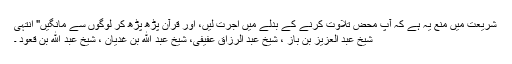
شریعت میں منع یہ ہے کہ آپ محض تلاوت کرنے کے بدلے میں اجرت لیں، اور قرآن پڑھ پڑھ کر لوگوں سے مانگیں" انتہی
شیخ عبد العزیز بن باز ، شیخ عبد الرزاق عفیفی، شیخ عبد الله بن غدیان ، شیخ عبد الله بن قعود ۔